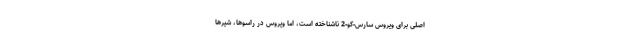
اصلی برای ویروس سارس-کو-2 ناشناخته است، اما ویروس در راسوها، شیرها